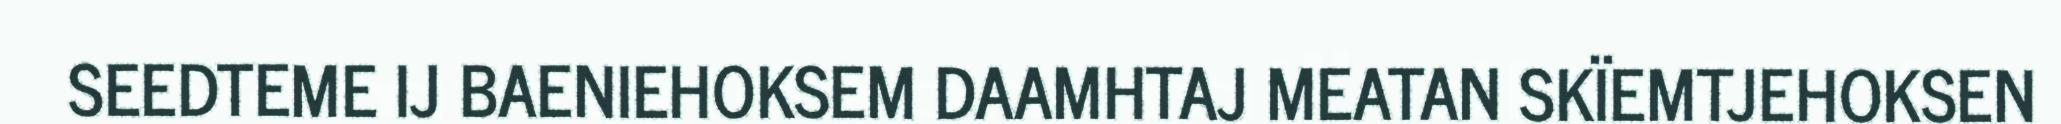
SEEDTEME IJ BAENIEHOKSEM DAAMHTAJ MEATAN SKÏEMTJEHOKSEN